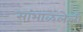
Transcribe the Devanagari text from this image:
सांभाळलेली